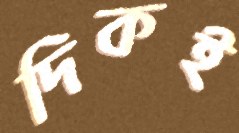
দিকই